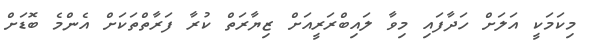
މިކަމަކީ އަލަށް ހަދާފައި މިވާ ލައިބްރަރީއަށް ޒިޔާރަތް ކުރާ ފަރާތްތަކަށް އެންމެ ބޮޑަށް